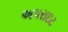
અપરાઇટ